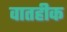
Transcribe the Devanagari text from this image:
वातहीक